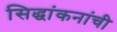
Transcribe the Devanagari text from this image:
सिद्धांकनांची